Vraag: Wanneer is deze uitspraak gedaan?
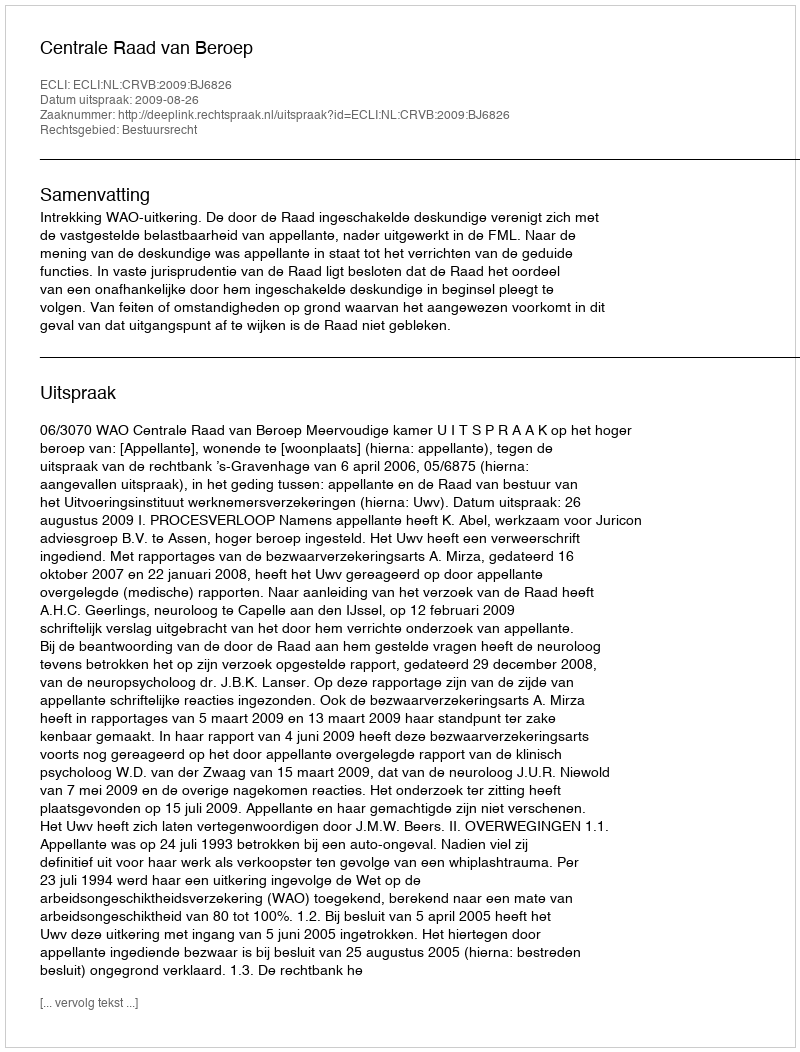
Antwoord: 2009-08-26